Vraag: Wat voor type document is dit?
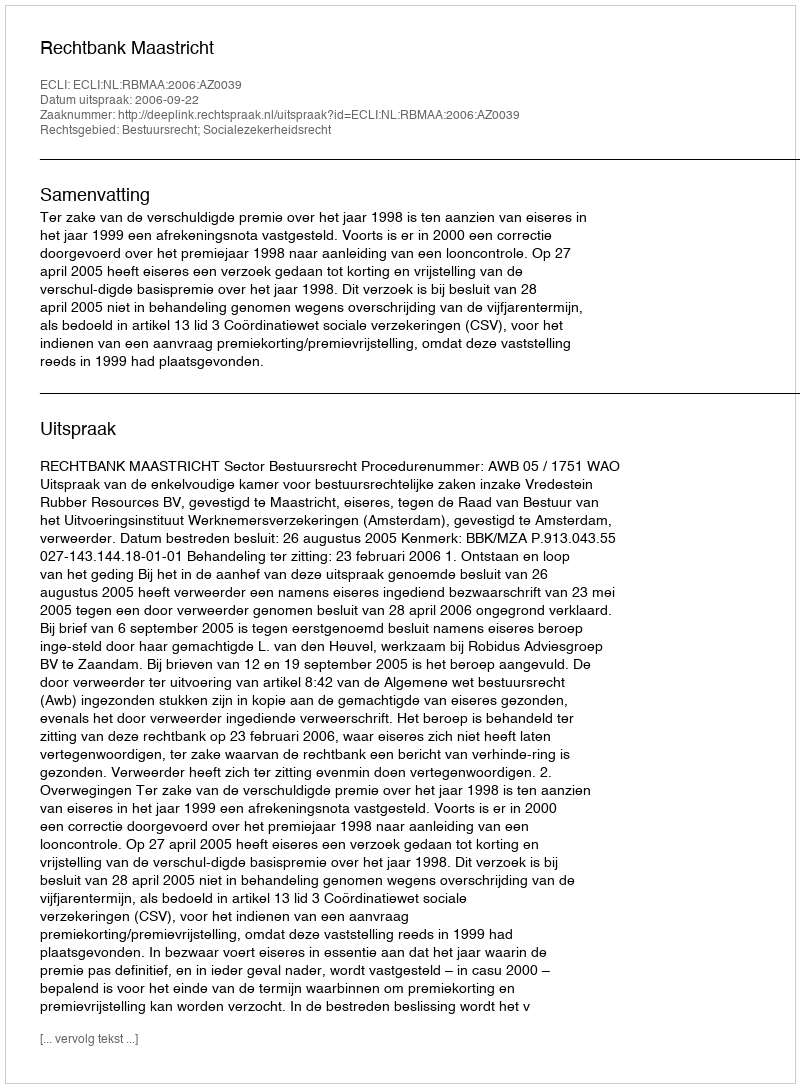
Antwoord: Uitspraak